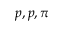
p , p , \pi